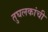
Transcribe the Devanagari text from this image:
तुघलकांची